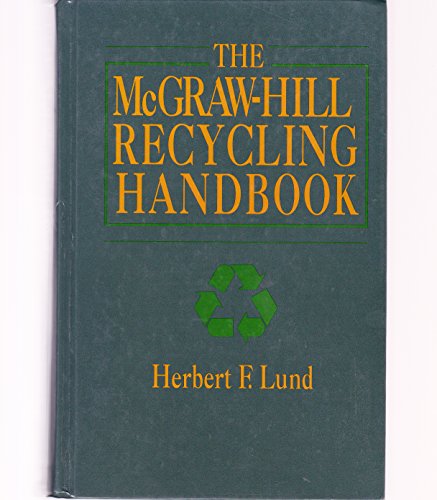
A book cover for The McGraw-Hill Recycling Handbook; Herbert F. Lund; Science & Math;